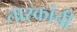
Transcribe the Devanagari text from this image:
तारकांची